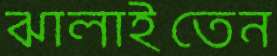
ঝালাইতেন